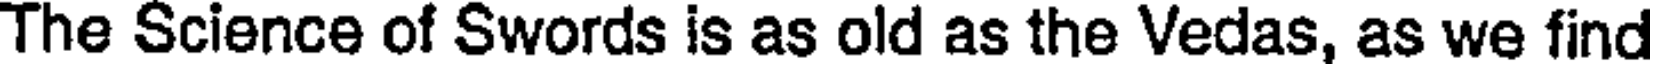
The Science of Swords is as old as the Vedas, as we find